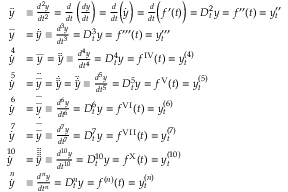
{ \begin{array} { r l } { { \ddot { y } } } & { \equiv { \frac { d ^ { 2 } y } { d t ^ { 2 } } } = { \frac { d } { d t } } \left( { \frac { d y } { d t } } \right) = { \frac { d } { d t } } { \Bigl ( } { \dot { y } } { \Bigr ) } = { \frac { d } { d t } } { \Bigl ( } f ^ { \prime } ( t ) { \Bigr ) } = D _ { t } ^ { 2 } y = f ^ { \prime \prime } ( t ) = y _ { t } ^ { \prime \prime } } \\ { { \overset { . . . } { y } } } & { = { \dot { \ddot { y } } } \equiv { \frac { d ^ { 3 } y } { d t ^ { 3 } } } = D _ { t } ^ { 3 } y = f ^ { \prime \prime \prime } ( t ) = y _ { t } ^ { \prime \prime \prime } } \\ { { \overset { \, 4 } { \dot { y } } } } & { = { \overset { . . . . } { y } } = { \ddot { \ddot { y } } } \equiv { \frac { d ^ { 4 } y } { d t ^ { 4 } } } = D _ { t } ^ { 4 } y = f ^ { \mathrm { { I V } } } ( t ) = y _ { t } ^ { ( 4 ) } } \\ { { \overset { \, 5 } { \dot { y } } } } & { = { \ddot { \overset { . . . } { y } } } = { \dot { \ddot { \ddot { y } } } } = { \ddot { \dot { \ddot { y } } } } \equiv { \frac { d ^ { 5 } y } { d t ^ { 5 } } } = D _ { t } ^ { 5 } y = f ^ { \mathrm { { V } } } ( t ) = y _ { t } ^ { ( 5 ) } } \\ { { \overset { \, 6 } { \dot { y } } } } & { = { \overset { . . . } { \overset { . . . } { y } } } \equiv { \frac { d ^ { 6 } y } { d t ^ { 6 } } } = D _ { t } ^ { 6 } y = f ^ { \mathrm { { V I } } } ( t ) = y _ { t } ^ { ( 6 ) } } \\ { { \overset { \, 7 } { \dot { y } } } } & { = { \dot { \overset { . . . } { \overset { . . . } { y } } } } \equiv { \frac { d ^ { 7 } y } { d t ^ { 7 } } } = D _ { t } ^ { 7 } y = f ^ { \mathrm { { V I I } } } ( t ) = y _ { t } ^ { ( 7 ) } } \\ { { \overset { \, 1 0 } { \dot { y } } } } & { = { \ddot { \ddot { \ddot { \ddot { \ddot { y } } } } } } \equiv { \frac { d ^ { 1 0 } y } { d t ^ { 1 0 } } } = D _ { t } ^ { 1 0 } y = f ^ { \mathrm { { X } } } ( t ) = y _ { t } ^ { ( 1 0 ) } } \\ { { \overset { \, n } { \dot { y } } } } & { \equiv { \frac { d ^ { n } y } { d t ^ { n } } } = D _ { t } ^ { n } y = f ^ { ( n ) } ( t ) = y _ { t } ^ { ( n ) } } \end{array} }